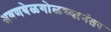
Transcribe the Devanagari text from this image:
श्रवणबेळगोळच्यानंतर